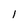
Character: l